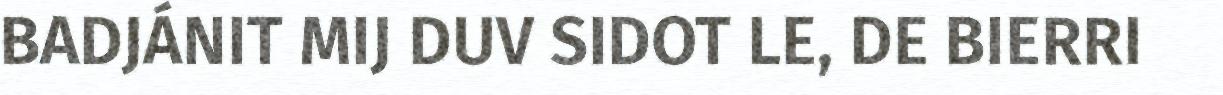
BADJÁNIT MIJ DUV SIDOT LE, DE BIERRI